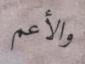
والأعم